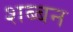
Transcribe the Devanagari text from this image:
शब्बन